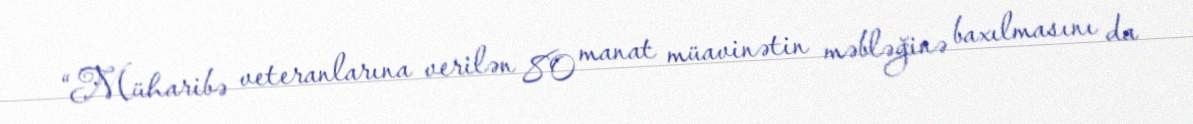
“Müharibə veteranlarına verilən 80 manat müavinətin məbləğinə baxılmasını da